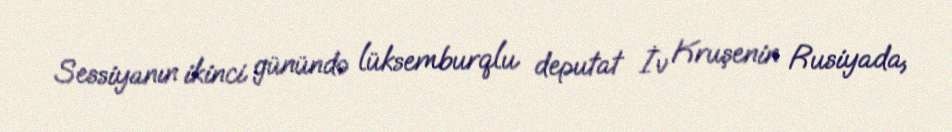
Sessiyanın ikinci günündə lüksemburqlu deputat İv Kruşenin Rusiyada,